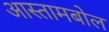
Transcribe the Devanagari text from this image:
आस्तामबोल